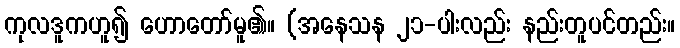
ကုလဒူကဟူ၍ ဟောတော်မူ၏။ (အနေသန ၂၁-ပါးလည်း နည်းတူပင်တည်း။